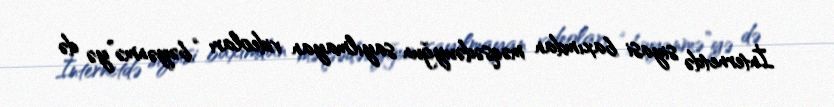
İnternetdə siyasi baxımdan məqsədəuyğun sayılmayan videoları “bəyənmə”yə də